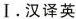
Ⅰ。汉译英